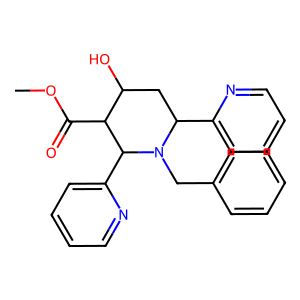
SMILES: COC(=O)C1C(O)CC(c2ccccn2)N(Cc2ccccc2)C1c1ccccn1
Inhibits HIV replication: No